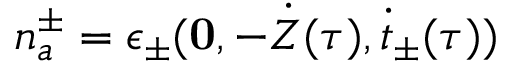
n _ { a } ^ { \pm } = \epsilon _ { \pm } ( { \bf 0 } , - \dot { Z } ( \tau ) , \dot { t } _ { \pm } ( \tau ) )